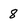
Character: 8